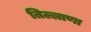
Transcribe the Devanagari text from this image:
तिल्लाणा